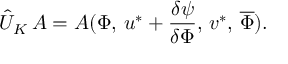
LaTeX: \hat { U } _ { K } \, A = A ( \Phi , \, u ^ { * } + \frac { \delta \psi } { \delta \Phi } , \, v ^ { * } , \, \overline { { { \Phi } } } ) .